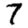
Digit: 7